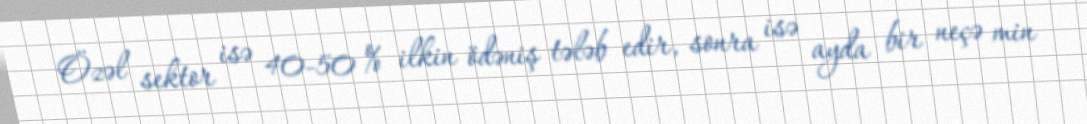
Özəl sektor isə 40-50 % ilkin ödəniş tələb edir, sonra isə ayda bir neçə min